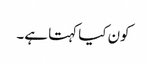
کون کیا کہتا ہے۔